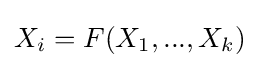
X_{i}=F(X_{1},...,X_{k})